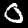
Label: 0